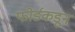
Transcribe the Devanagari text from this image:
फोर्डकडून